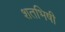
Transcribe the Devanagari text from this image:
शतभिषी